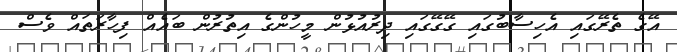
އޭގެ ތެރޭގައި އެހިސާބުގައި ގޭގޭގައި ދިރުއުޅުން މީހުންގެ އިތުރުން ބައެއް ފިހާރަތައް ވެސް